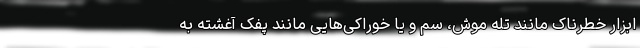
ابزار خطرناک مانند تله موش‌، سم و یا خوراکی‌هایی مانند پفک آغشته به